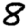
Digit: 8